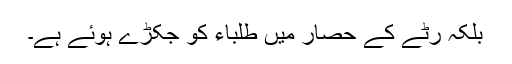
بلکہ رٹے کے حصار میں طلباء کو جکڑے ہوئے ہے۔